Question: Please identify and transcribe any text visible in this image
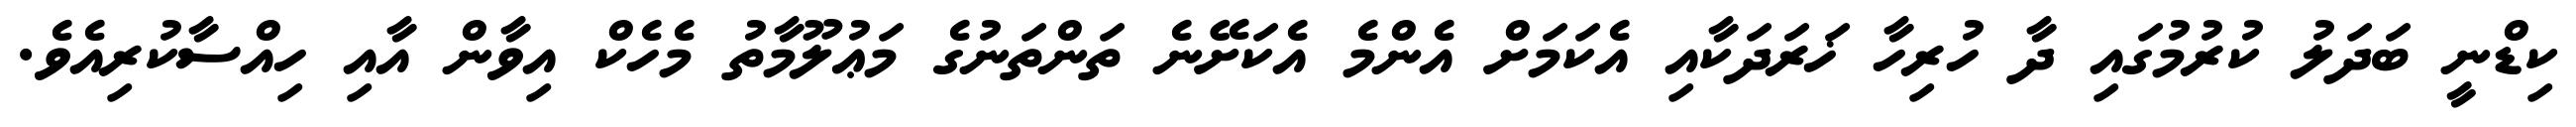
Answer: ކިޑްނީ ބަދަލު ކުރުމުގައި ދާ ހުރިހާ ޚަރަދަކާއި އެކަމަށް އެންމެ އެކަށޭނެ ތަންތަނުގެ މަޢުލޫމާތު މެހެކް އިވާން އާއި ހިއްސާކުރިއެވެ.